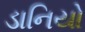
ડાનિયો